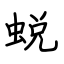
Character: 蜕